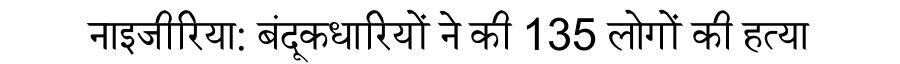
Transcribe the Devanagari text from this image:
नाइजीरिया: बंदूकधारियों ने की 135 लोगों की हत्या